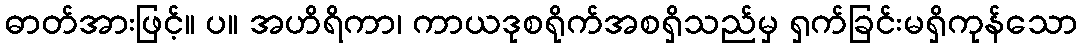
ဓာတ်အားဖြင့်။ ပ။ အဟိရိကာ၊ ကာယဒုစရိုက်အစရှိသည်မှ ရှက်ခြင်းမရှိကုန်သော